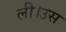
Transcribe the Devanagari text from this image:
ली।उस